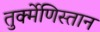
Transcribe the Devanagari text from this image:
तुर्क्मेणिस्तान